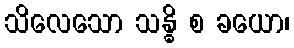
သိလေသော သန္ဓိ စ ခယော၊